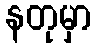
နတုမှာ